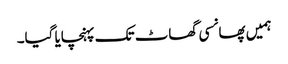
ہمیں پھانسی گھاٹ تک پہنچایا گیا۔